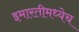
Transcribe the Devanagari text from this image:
इमारतीमध्येच